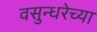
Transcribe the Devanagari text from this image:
वसुन्धरेच्या